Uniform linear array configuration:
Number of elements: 32
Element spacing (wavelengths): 1
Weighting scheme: exponential
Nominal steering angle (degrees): -15
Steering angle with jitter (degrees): -14.752
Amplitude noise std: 0.05
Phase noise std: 0.05

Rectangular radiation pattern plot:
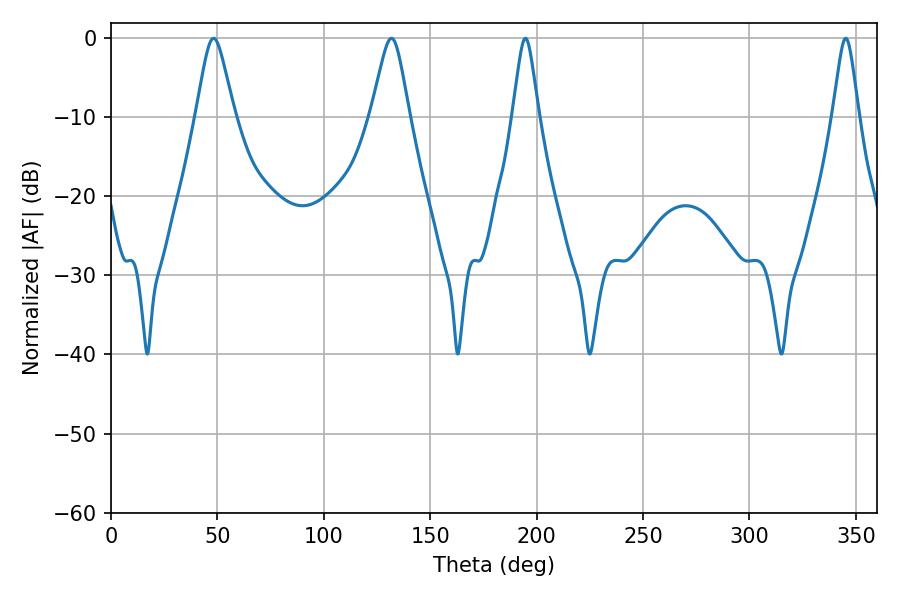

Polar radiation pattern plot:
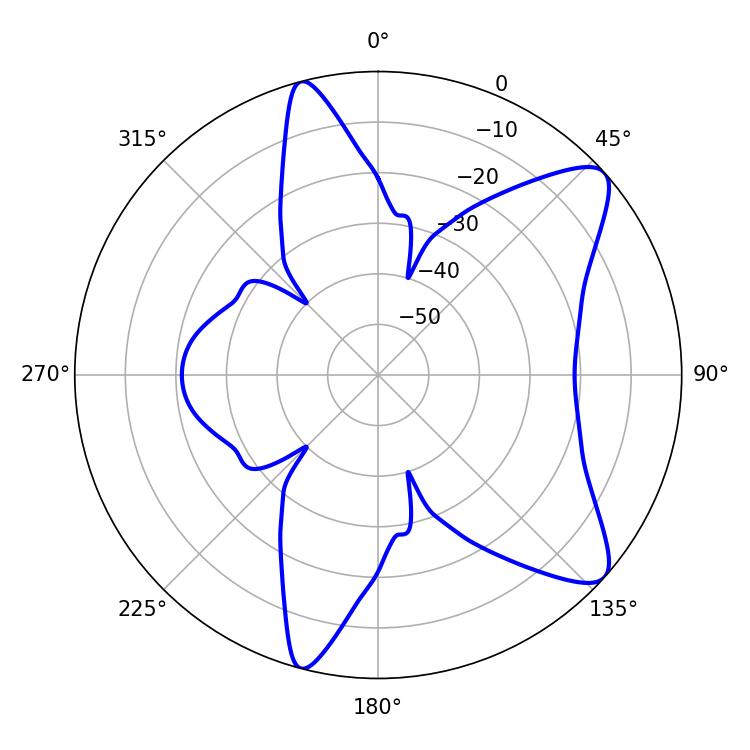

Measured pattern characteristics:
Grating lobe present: TRUE
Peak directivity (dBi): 9.678
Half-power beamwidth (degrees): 5.76
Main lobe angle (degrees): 194.76